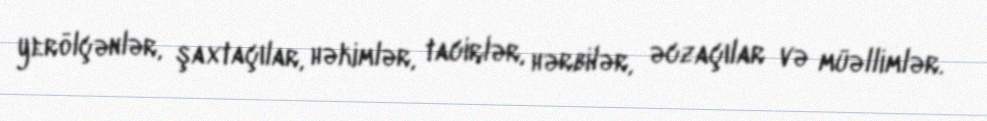
yerölçənlər, şaxtaçılar, həkimlər, tacirlər, hərbilər, əczaçılar və müəllimlər.